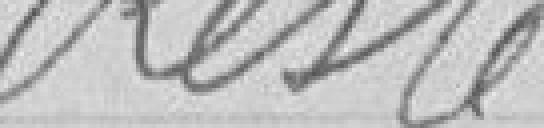
Reste